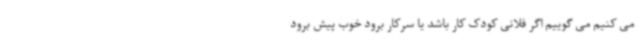
می کنیم می گوییم اگر فلانی کودک کار باشد یا سرکار برود خوب پیش برود